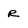
Character: R